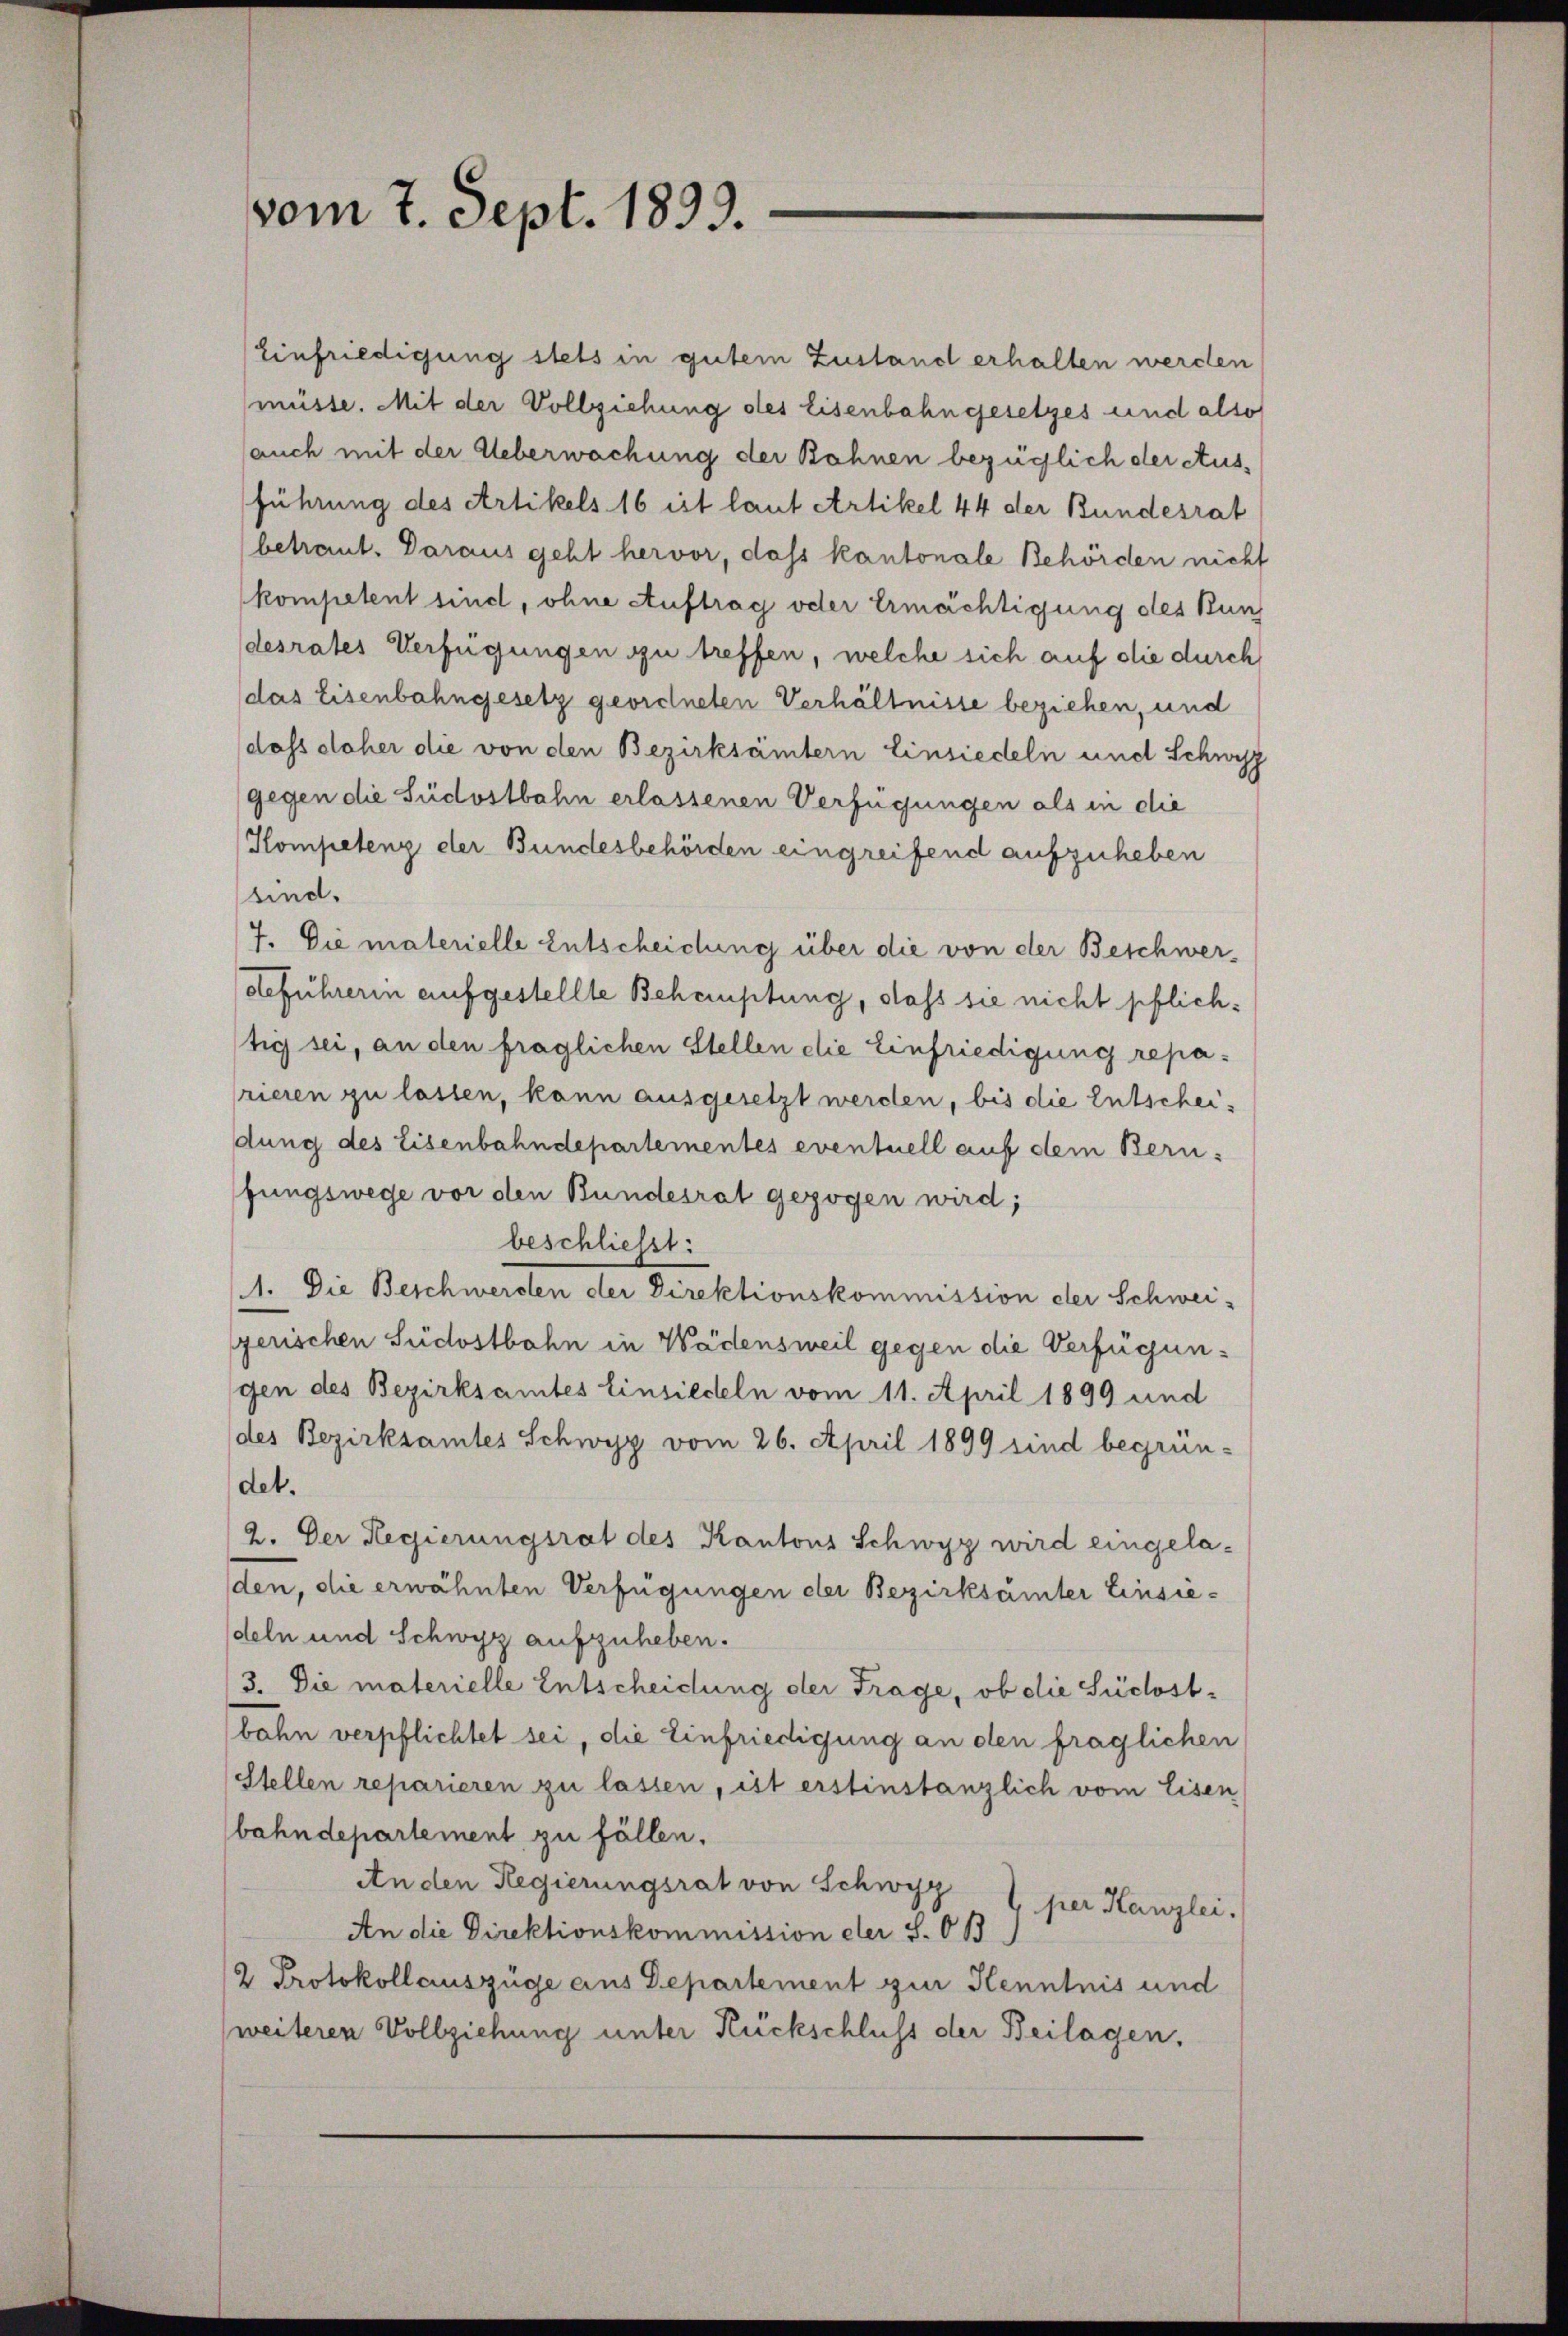
vom 7. Sept. 1893.

Einfriedigung stets in gutem Zustand erhalten werden
müsse. Mit der Vollziehung des Eisenbahngesetzes und also
auch mit der Ueberwachung der Bohnen bezüglich der Ausführung des Artikels 16 ist laut Artikel 44 der Bundesrat
betraut. Daraus geht hervor, dass kantonale Behörden nicht
kompetent sind, ohne Auftrag oder Ermächtigung des Kunz
desrates Verfügungen zu treffen, welche sich auf die durch
das Eisenbahngesetz geordneten Verhältnisse beziehen, und
dass daher die von den Bezirksämtern Einsiedeln und Schwyz
gegen die Südostbahn erlassenen Verfügungen als in die
Kompetenz der Bundesbehörden eingreifend aufzuheben
sind.
7. Die materielle Entscheidung über die von der Beschwerdeführerin aufgestellte Behauptung, dass sie nicht pflichtig sei, an den fraglichen Stellen die Einfriedigung reparieren zu lassen, kann ausgesetzt werden, bis die Entscheidung des Eisenbahndepartementes eventuell auf dem Berufungswege vor den Bundesrat gezogen wird;
beschließt:
1. Die Beschwerden der Direktionskommission der Schweigerischen Südostbahn in Wädensweil gegen die Verfügungen des Bezirksamtes Einsiedeln vom 11. April 1899 und
des Bezirksamtes Schwyz vom 26. April 1899 sind begründet.
2. Der Regierungsrat des Kantons Schwyz wird eingela-
den, die erwähnten Verfügungen der Bezirksamter Einsiedeln und Schwyz aufzuheben.
3. Die materielle Entscheidung der Frage, ob die Südostbahn verpflichtet sei, die Einfriedigung an den fraglichen
Stellen reparieren zu lassen, ist erstinstanzlich vom Eisen
bahndepartement zu fällen.
An den Regierungsrat von Schwyz
per Kanzlei.
An die Direktionskommission der S. OB)
2 Protokollauszüge aus Departement zur Kenntnis und
weiteren Vollziehung unter Rückschluss der Beilagen,